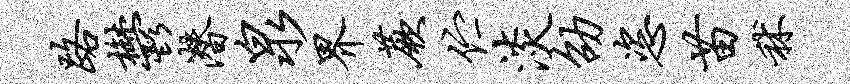
路郁潜泉界蕨伫淡劭恣苗秫